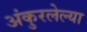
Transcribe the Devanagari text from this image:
अंकुरलेल्या